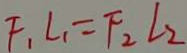
F _ { 1 } L _ { 1 } = F _ { 2 } L _ { 2 }